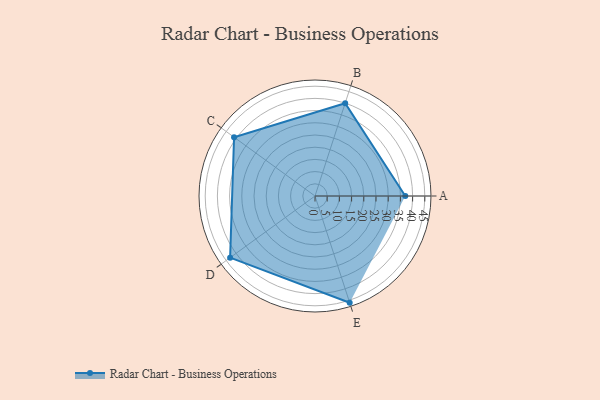
{"axis": {"x": "Skill", "y": "Score"}, "legend": ["Profile"], "data": [{"x": "A", "y": 37.0, "type": "Profile"}, {"x": "B", "y": 40.0, "type": "Profile"}, {"x": "C", "y": 41.0, "type": "Profile"}, {"x": "D", "y": 43.0, "type": "Profile"}, {"x": "E", "y": 46.0, "type": "Profile"}]}